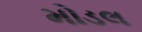
મોડલ